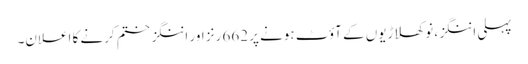
پہلی اننگز، نو کھلاڑیوں کے آؤٹ ہونے پر 662 رنز اور اننگز ختم کرنے کا اعلان۔